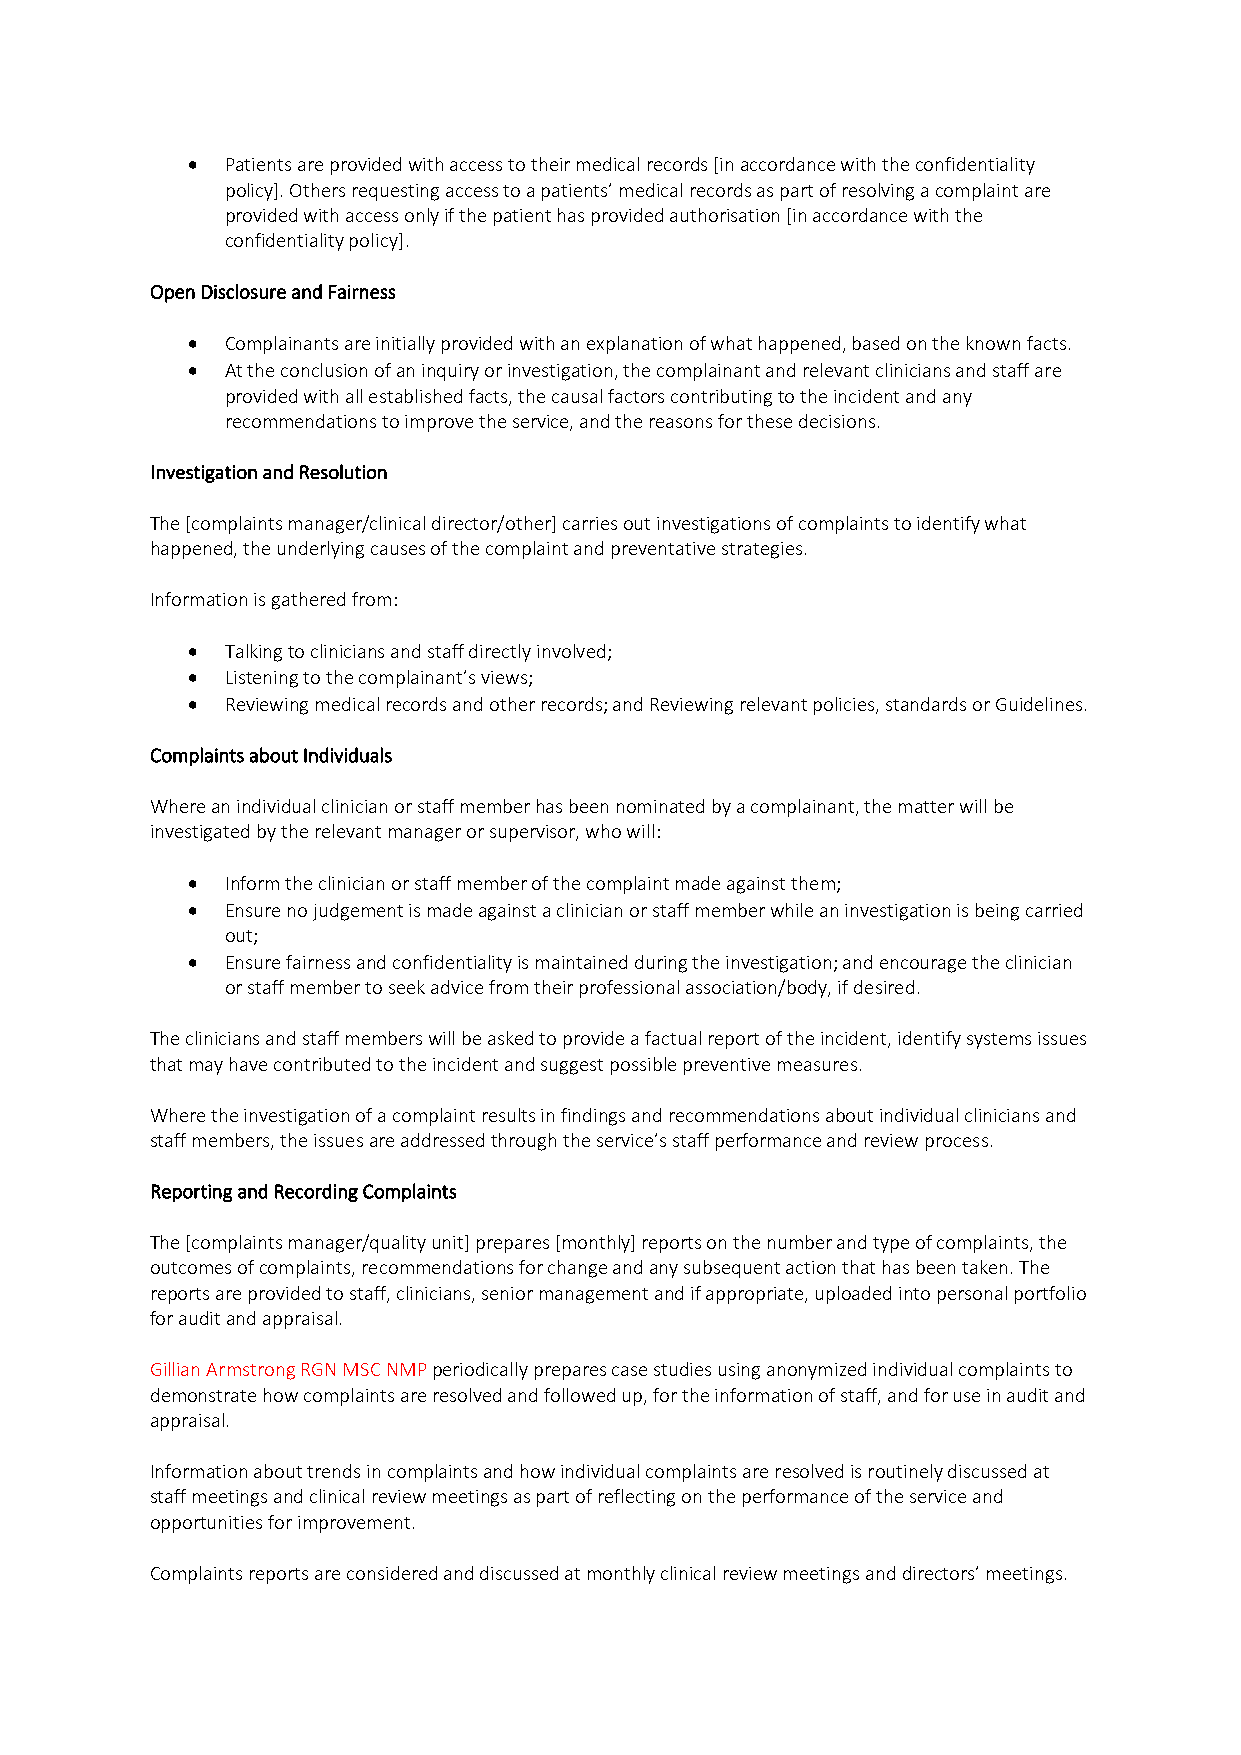
•  Patients are provided with access to their medical records [in accordance with the confidentiality
 policy]. Others requesting access to a patients’ medical records as part of resolving a complaint are
 provided with access only if the patient has provided authorisation [in accordance with the
 confidentiality policy].
 Open Disclosure and Fairness
 •  Complainants are initially provided with an explanation of what happened, based on the known facts.
 •  At the conclusion of an inquiry or investigation, the complainant and relevant clinicians and staff are
 provided with all established facts, the causal factors contributing to the incident and any
 recommendations to improve the service, and the reasons for these decisions.
 Investigation and Resolution
 The [complaints manager/clinical director/other] carries out investigations of complaints to identify what
 happened, the underlying causes of the complaint and preventative strategies.
 Information is gathered from:
 •  Talking to clinicians and staff directly involved;
 •  Listening to the complainant’s views;
 •  Reviewing medical records and other records; and Reviewing relevant policies, standards or Guidelines.
 Complaints about Individuals
 Where an individual clinician or staff member has been nominated by a complainant, the matter will be
 investigated by the relevant manager or supervisor, who will:
 •  Inform the clinician or staff member of the complaint made against them;
 •  Ensure no judgement is made against a clinician or staff member while an investigation is being carried
 out;
 •  Ensure fairness and confidentiality is maintained during the investigation; and encourage the clinician
 or staff member to seek advice from their professional association/body, if desired.
 The clinicians and staff members will be asked to provide a factual report of the incident, identify systems issues
 that may have contributed to the incident and suggest possible preventive measures.
 Where the investigation of a complaint results in findings and recommendations about individual clinicians and
 staff members, the issues are addressed through the service’s staff performance and review process.
 Reporting and Recording Complaints
 The [complaints manager/quality unit] prepares [monthly] reports on the number and type of complaints, the
 outcomes of complaints, recommendations for change and any subsequent action that has been taken. The
 reports are provided to staff, clinicians, senior management and if appropriate, uploaded into personal portfolio
 for audit and appraisal.
 Gillian Armstrong RGN MSC NMP periodically prepares case studies using anonymized individual complaints to
 demonstrate how complaints are resolved and followed up, for the information of staff, and for use in audit and
 appraisal.
 Information about trends in complaints and how individual complaints are resolved is routinely discussed at
 staff meetings and clinical review meetings as part of reflecting on the performance of the service and
 opportunities for improvement.
 Complaints reports are considered and discussed at monthly clinical review meetings and directors’ meetings.